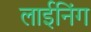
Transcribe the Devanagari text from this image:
लाईनिंग